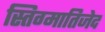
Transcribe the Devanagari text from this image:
स्तिग्मातिजेद